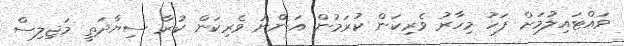
ވައްޓައިލުމަށް ފަހު މިހާރު ވެރިކަން ކުރަމުން އަންނަ ވެރިކަން ކުރާ ސިޔާދަތީ މަޖިލިސް